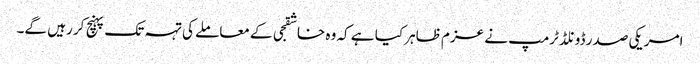
امریکی صدر ڈونلڈ ٹرمپ نے عزم ظاہر کیا ہے کہ وہ خاشقجی کے معاملے کی تہہ تک پہنچ کر رہیں گے۔